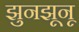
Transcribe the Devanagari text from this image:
झुनझूनू